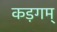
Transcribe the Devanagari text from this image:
कड़गम्‌